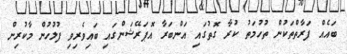
ބައެއް ފަރާތްތަކުން ތުހުމަތު ކުރާ ގޮތުގައި އަންބަރާ އޮޕަރޭޝަންގައި ބައިވެރިވި ފުލުހުން މާކުރިން